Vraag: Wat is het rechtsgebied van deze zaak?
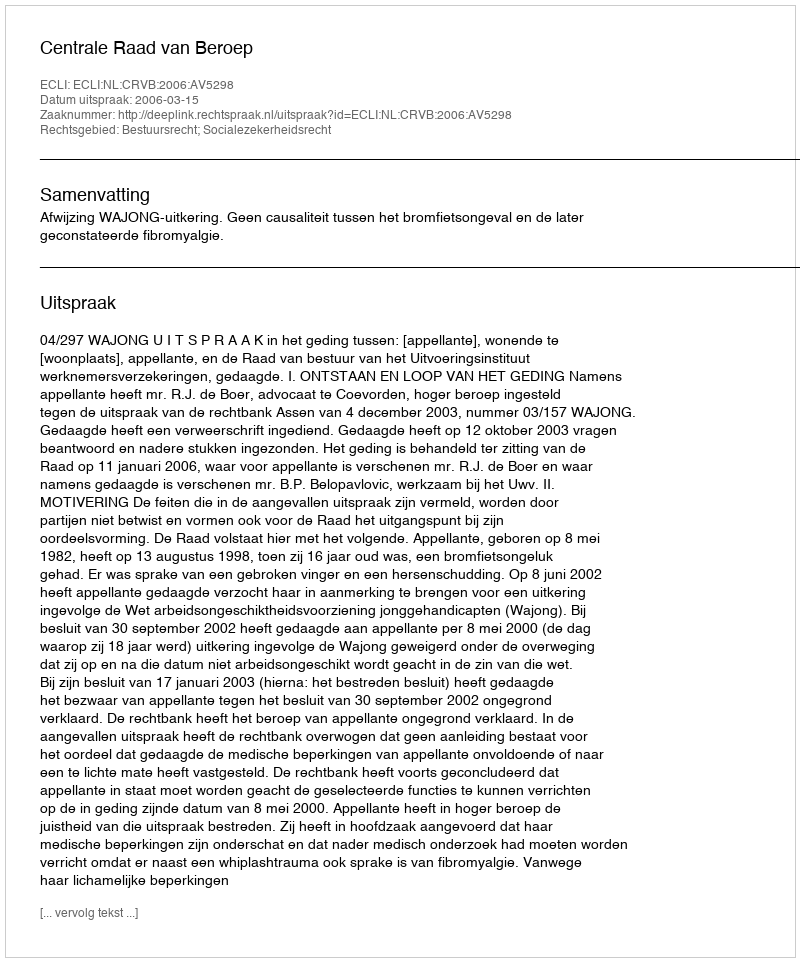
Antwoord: Bestuursrecht; Socialezekerheidsrecht